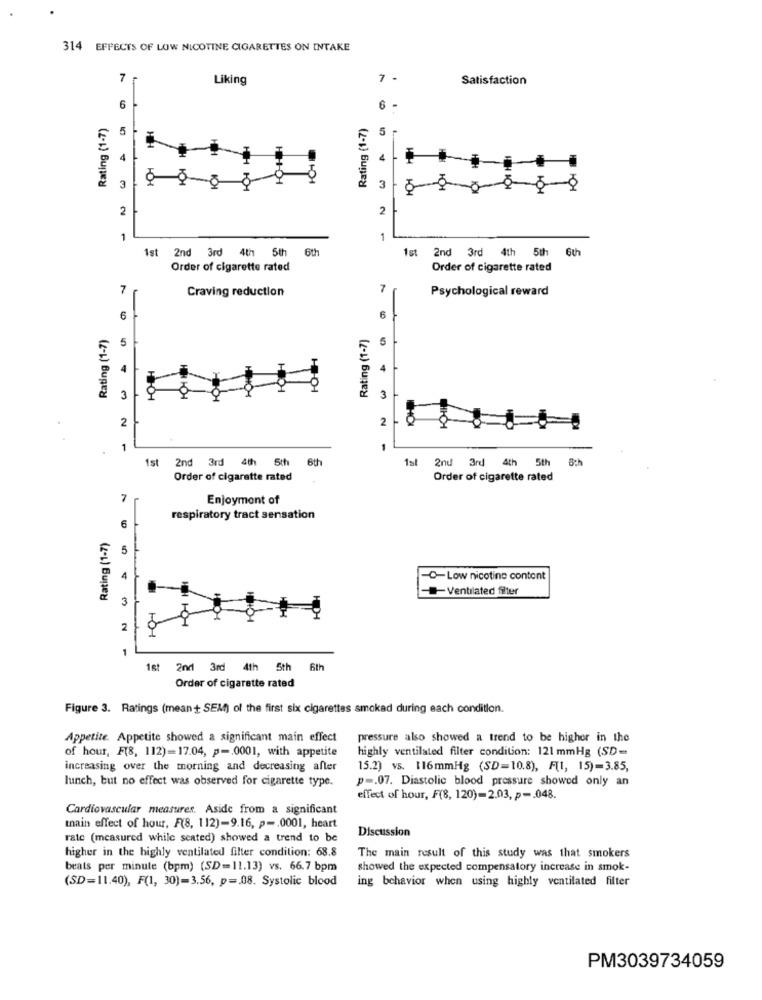
314 EFFECTS OF LOW NICOTINE CIGARETTES ON INTAKE
7
Liking
7
Satisfaction
6
6
Rating (1-7)
Rating (1-7)
5
5
A
4
O
3
3
2
2
1
1
6th
1st
2nd 3rd 4th 5th 6
Ist 2nd 3rd 4th 5th
Order of cigarette rated
Order of cigarette rated
Craving reduction
7
Psychological reward
6
6
Rating (1-7)
Rating (1-7)
5
5
HOH
3
3
2
2
1
1
1st 2nd 3rd 4th 5th
6th
1st 2nd 3rd 4th 5th
Sch
Order of cigarette rated
Order of cigarette rated
7
Enjoyment of
6
respiratory tract sensation
Rating (1-7)
5
4
C-Low nicotine content
Ventilated filter
3
2
1
1st 2nd 3rd 4th 5th
6th
Order of cigarette rated
Figure 3. Ratings (mean+ SEM) of the first six cigarettes smoked during each condition.
Appetite. Appetite showed a significant main effect
pressure also showed a trend to be higher in the
of hour, F(8, 112)=17.04, p -. 0001, with appetite
highly ventilated filter condition: 121 mmHg (SD=
increasing over the morning and decreasing after
15.2) vs. 116mmHg (SD=10.8), F[1, 15)=3.85,
lunch, but no effect was observed for cigarette type.
p -. 07. Diastolic blood pressure showed only an
effect of hour, F(8, 120)-2.03, p -. 048.
Cardiovascular measures. Aside from a significant
tnain effect of hour, F(8, 112)-9.16, p -. 0001, heart
Discussion
rate (measured while seated) showed a trend to be
higher in the highly ventilated filter condition: 68.8
The main result of this study was that smokers
beats per minute (bpm) (SD=11.13) vs. 66.7 bpm
showed the expected compensatory increase in smok-
(SD=11.40), F(1, 30)=3.56, p =. 08. Systolic blood
ing behavior when using highly ventilated filter
PM3039734059